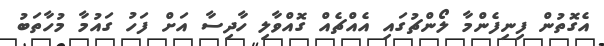
އެގޮތުން ފިނިފެންމާ ލޯންޗުގައި އެއްޗެއް ގޮއްވާލި ހާދިސާ އަށް ފަހު ގައުމާ މުހާތަބު